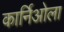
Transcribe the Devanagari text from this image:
कार्निओला